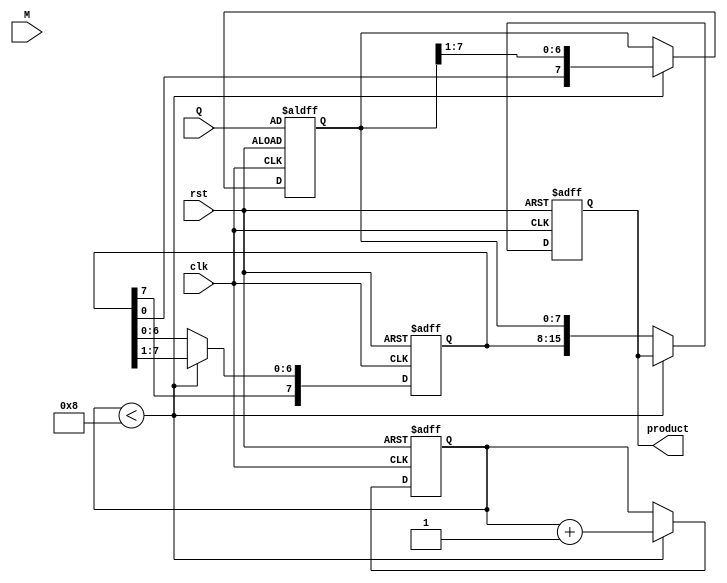
module modified_booth_multiplier #(
    parameter WIDTH = 8  // Bit-width of the inputs
)(
    input signed [WIDTH-1:0] M,  // Multiplicand
    input signed [WIDTH-1:0] Q,  // Multiplier
    input clk,                   // Clock signal
    input rst,                   // Reset signal
    output reg signed [2*WIDTH-1:0] product // Product output
);

    reg signed [WIDTH-1:0] A;     // Accumulator
    reg [WIDTH-1:0] Q_reg;         // Multiplier register
    reg Q_minus_1;                 // Previous LSB of Q
    reg [3:0] count;               // Counter for iterations

    // State initialization
    always @(posedge clk or posedge rst) begin
        if (rst) begin
            A <= 0;
            Q_reg <= Q;
            Q_minus_1 <= 0;
            product <= 0;
            count <= 0;
        end else begin
            if (count < WIDTH) begin
                case ({Q_reg[0], Q_minus_1})
                    2'b00: begin
                        // No operation
                    end
                    2'b01: begin
                        // Add M to A
                        A <= A + M;
                    end
                    2'b10: begin
                        // Subtract M from A
                        A <= A - M;
                    end
                    2'b11: begin
                        // No operation
                    end
                endcase

                // Shift right operation
                {A, Q_reg} <= {A[WIDTH-1], A, Q_reg} >> 1; // Arithmetic shift
                Q_minus_1 <= Q_reg[0]; // Update Q-1
                count <= count + 1;     // Increment counter
            end else begin
                // Store the final product
                product <= {A, Q_reg}; // Combine A and Q_reg for the final product
            end
        end
    end
endmodule